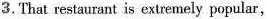
3.That restaurant is extremely popular，